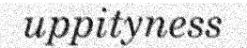
uppityness